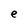
Character: e